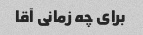
برای چه زمانی آقا